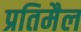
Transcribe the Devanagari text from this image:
प्रतिमैल